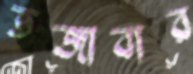
ভজাবার